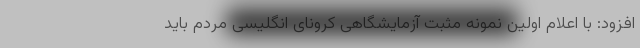
افزود: با اعلام اولین نمونه مثبت آزمایشگاهی کرونای انگلیسی مردم باید